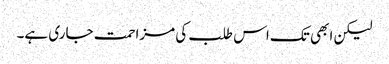
لیکن ابھی تک اس طلب کی مزاحمت جاری ہے۔